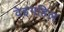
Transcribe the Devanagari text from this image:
वेइगहिल